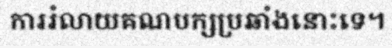
ការរំលាយគណបក្សប្រឆាំងនោះទេ។